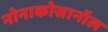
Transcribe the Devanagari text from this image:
नोनाकोसानॉल